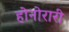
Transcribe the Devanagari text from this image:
होनोरारी